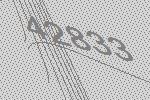
42833